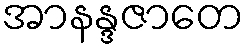
အာနန္ဒဇာတေ